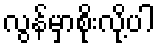
လွန်မှာစိုးလို့ပါ